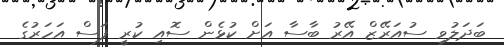
ބަދަލުވި ސުއަރޭޒް އޭރު ބާސާ އަށް ކުޅެން ސޮއި ކުރީ ފަސް އަހަރުގެ